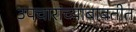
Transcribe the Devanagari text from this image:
उपचारांच्याबाबतीत